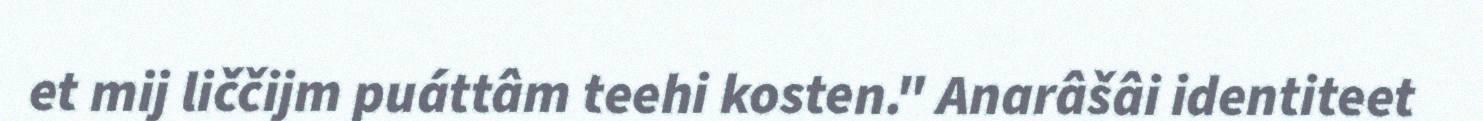
et mij liččijm puáttâm teehi kosten." Anarâšâi identiteet